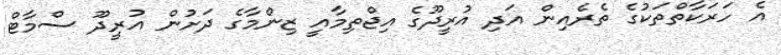
އެ ހަރަކާތްތަކުގެ ތެރެއިން އަދި އުރީދޫގެ އިޖްތިމާއީ ޒިންމާގެ ދަށުން އުރީދޫ ސްމާޓް